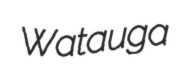
Watauga